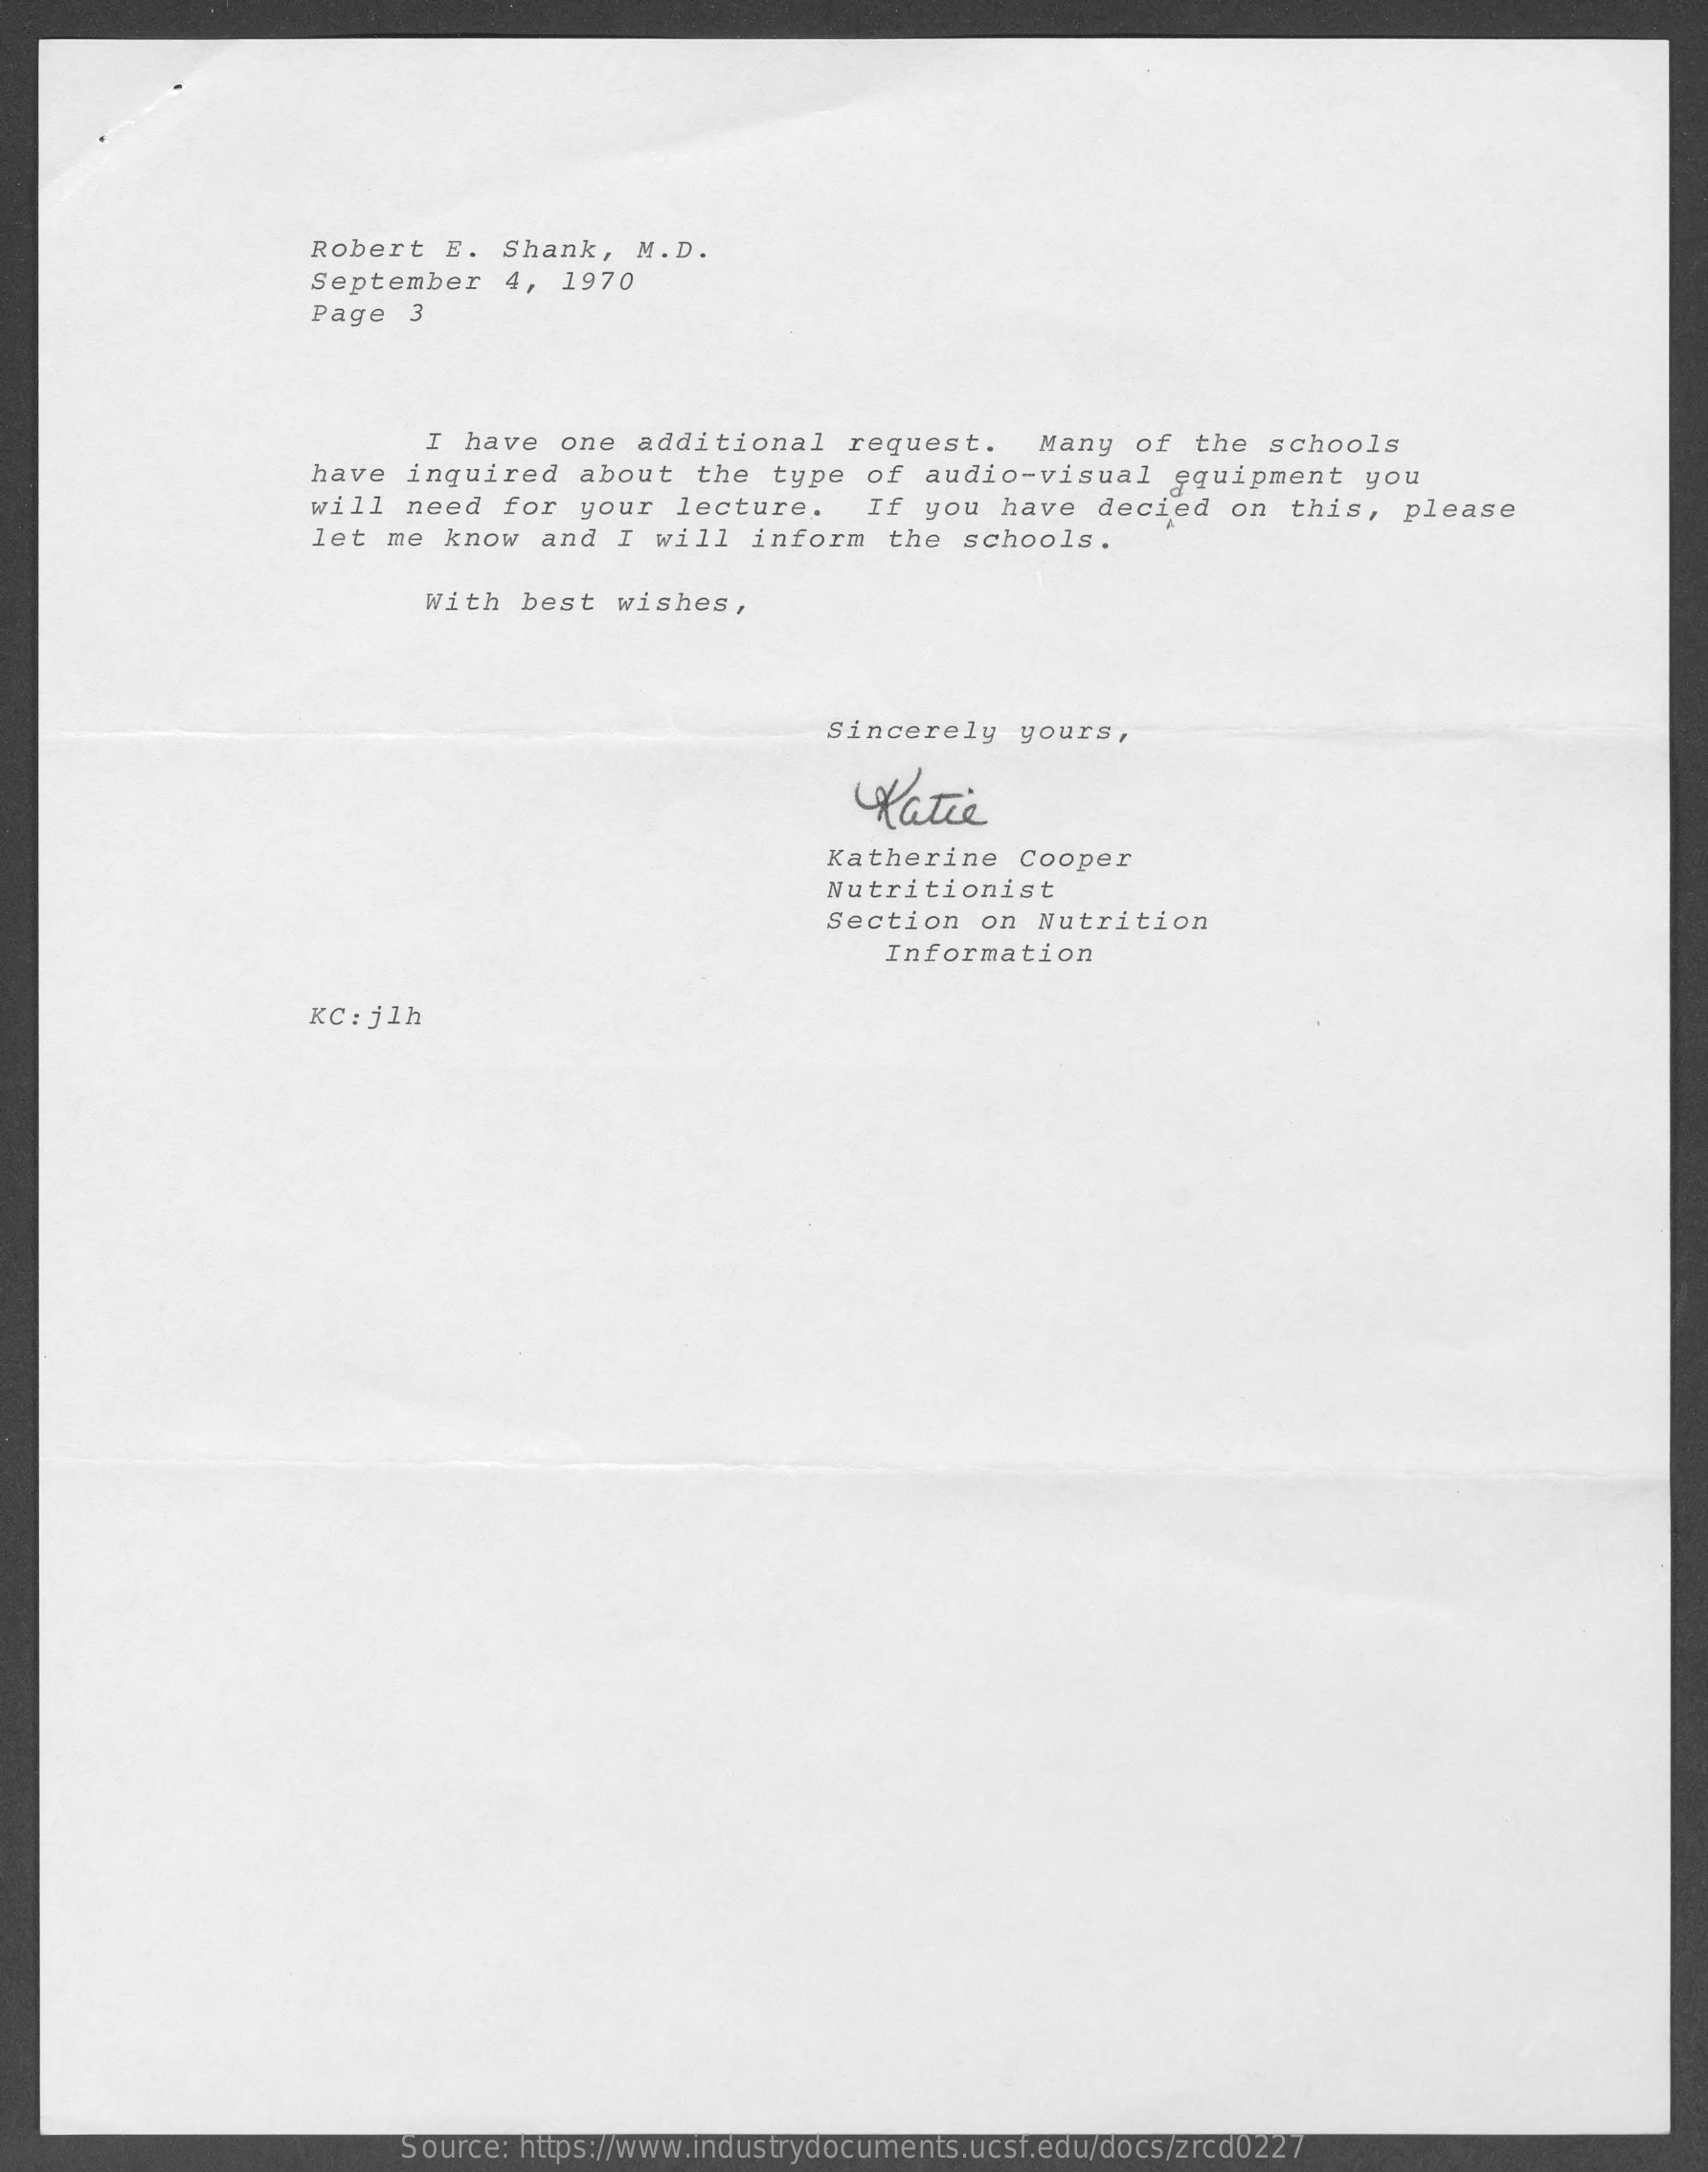
Robert  E.  Shank,   M.D.
     September   4,  1970
     Page  3
     I have   one  additional   request.    Many  of  the  schools
     have inquired    about   the type   of audio-visual    equipment   you
     will need   for  your  lecture.    If you  have   decied  on  this,   please
     let me  know  and  I  will  inform   the  schools.
     With  best  wishes,
     Sincerely    yours,
     Katie
     Katherine    Cooper
     Nutritionist
     Section   on  Nutrition
     Information
     KC: jlh
     Source: https://www.industrydocuments.ucsf.edu/docs/zrcd0227